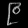
Digit: ၉